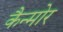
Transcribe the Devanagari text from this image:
कैन्मोर